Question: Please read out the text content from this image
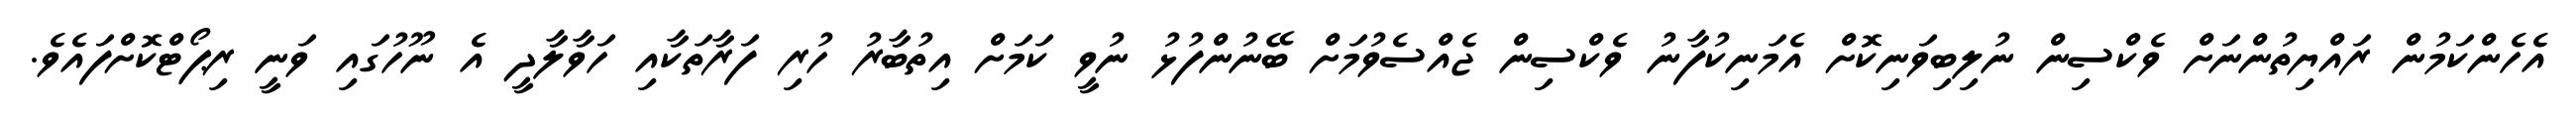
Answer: އެހެންކަމުން ރައްޔިތުންނަށް ވެކްސިން ނުލިބިވަނިކޮށް އެމަނިކުފާނު ވެކްސިން ޖެއްސެވުމަށް ބޭނުންފުޅު ނުވީ ކަމަށް އިތުބާރު ހުރި ފަރާތަކާއި ހަވާލާދީ އެ ނޫހުގައި ވަނީ ރިޕޯޓްކޮށްފައެވެ.